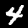
Digit: 4